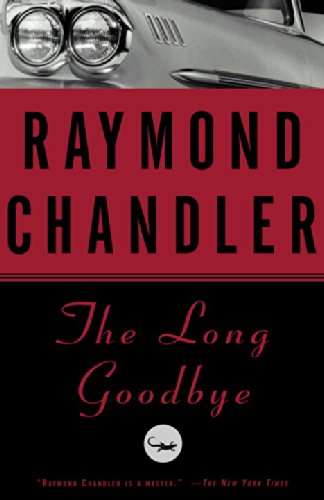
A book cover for The Long Goodbye; Raymond Chandler; Mystery, Thriller & Suspense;